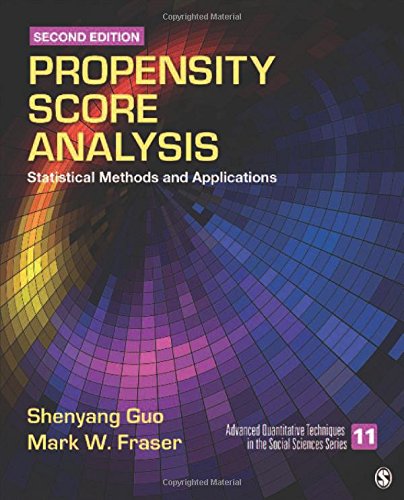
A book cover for Propensity Score Analysis: Statistical Methods and Applications (Advanced Quantitative Techniques in the Social Sciences); Shenyang Y. Guo; Politics & Social Sciences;